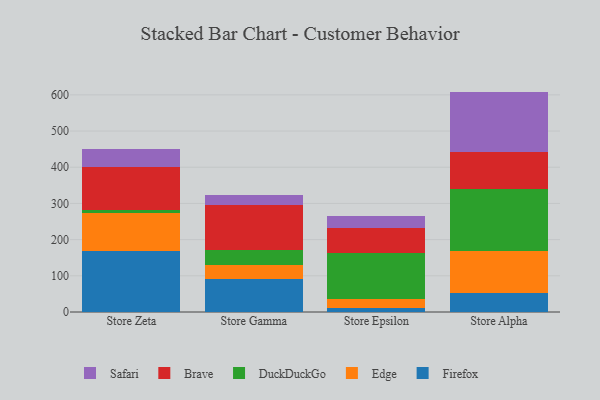
{"axis": {"x": "Store", "y": "Temperature (°C)"}, "legend": ["Brave", "DuckDuckGo", "Edge", "Firefox", "Safari"], "data": [{"x": "Store Zeta", "y": 169.3, "type": "Firefox"}, {"x": "Store Zeta", "y": 104.2, "type": "Edge"}, {"x": "Store Zeta", "y": 8.1, "type": "DuckDuckGo"}, {"x": "Store Zeta", "y": 119.9, "type": "Brave"}, {"x": "Store Zeta", "y": 49.8, "type": "Safari"}, {"x": "Store Gamma", "y": 90.9, "type": "Firefox"}, {"x": "Store Gamma", "y": 39.8, "type": "Edge"}, {"x": "Store Gamma", "y": 39.6, "type": "DuckDuckGo"}, {"x": "Store Gamma", "y": 124.9, "type": "Brave"}, {"x": "Store Gamma", "y": 27.7, "type": "Safari"}, {"x": "Store Epsilon", "y": 11.6, "type": "Firefox"}, {"x": "Store Epsilon", "y": 25.7, "type": "Edge"}, {"x": "Store Epsilon", "y": 126.7, "type": "DuckDuckGo"}, {"x": "Store Epsilon", "y": 67.4, "type": "Brave"}, {"x": "Store Epsilon", "y": 33.5, "type": "Safari"}, {"x": "Store Alpha", "y": 51.9, "type": "Firefox"}, {"x": "Store Alpha", "y": 116.1, "type": "Edge"}, {"x": "Store Alpha", "y": 171.8, "type": "DuckDuckGo"}, {"x": "Store Alpha", "y": 103.4, "type": "Brave"}, {"x": "Store Alpha", "y": 165.8, "type": "Safari"}]}